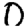
Digit: 0